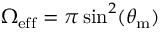
\Omega _ { \mathrm { e f f } } = \pi \sin ^ { 2 } ( \theta _ { \mathrm { m } } )